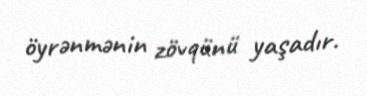
öyrənmənin zövqünü yaşadır.